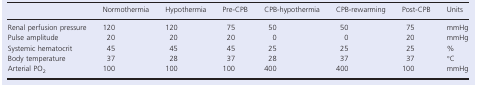
|  | Normothermia | Hypothermia | Pre‐CPB | CPB‐hypothermia | CPB‐rewarming | Post‐CPB | Units |
 | --- | --- | --- | --- | --- | --- | --- | --- |
 | Renal perfusion pressure | 120 | 120 | 75 | 50 | 50 | 75 | mmHg |
 | Pulse amplitude | 20 | 20 | 20 | 0 | 0 | 20 | mmHg |
 | Systemic hematocrit | 45 | 45 | 45 | 25 | 25 | 25 | % |
 | Body temperature | 37 | 28 | 37 | 28 | 37 | 37 | °C |
 | Arterial PO2 | 100 | 100 | 100 | 400 | 400 | 100 | mmHg |